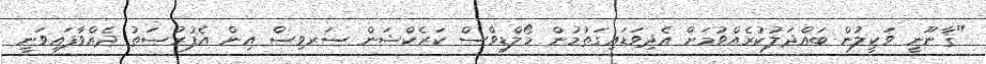
"ޤާނޫނީ ވަކީލުން ބައްދަލުކުރެއްވުމަށް އެދިވަޑައިގަތުމުން މޯލްޑިވްސް ކަރެކްޝަން ސަރވިސް އިން އެފުރުޞަތު ދެއްވާފައިވަނީ